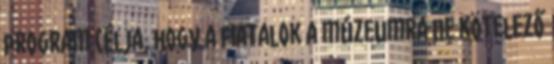
program célja, hogy a fiatalok a múzeumra ne kötelező